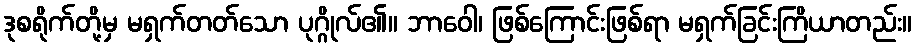
ဒုစရိုက်တို့မှ မရှက်တတ်သော ပုဂ္ဂိုလ်၏။ ဘာဝေါ၊ ဖြစ်ကြောင်းဖြစ်ရာ မရှက်ခြင်းကြိယာတည်း။